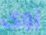
زوى